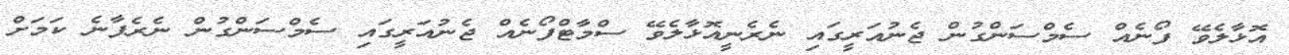
އޮޅާލެވޭ ފޯނެއް ސެމްސަންގުން ޖެނުއަރީގައި ނެރެނީއޮޅާލެވޭ ސްމާޓްފޯނެއް ޖެނުއަރީގައި ސެމްސަންގުން ނެރެފާނެ ކަމަށް